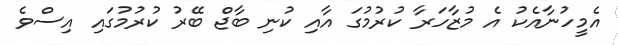
އެމީހުނާއެކު އެ މުޒާހަރާ ކުރުމުގަ އާއި ކުނި ބާޖް ބޭރު ކުރުމުގައި އިސްވެ